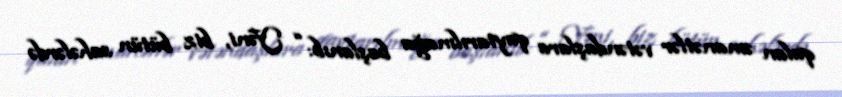
qalan əmanətlər vətəndaşlara qaytarılmağa başlanıb: “ Yəni, biz bütün sahələrdə